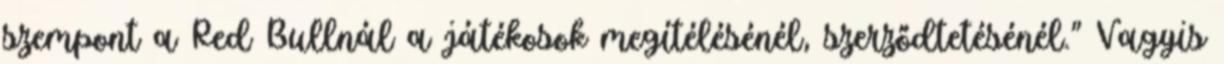
szempont a Red Bullnál a játékosok megítélésénél, szerződtetésénél." Vagyis